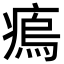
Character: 𤸼